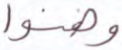
وهنوا